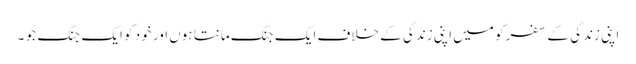
اپنی زندگی کے سفر کو میں اپنی زندگی کے خلاف ایک جنگ مانتا ہوں اور خود کو ایک جنگ جُو ۔